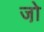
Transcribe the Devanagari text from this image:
जो़